King Institute of Preventive Medicine Micro-Biological Section reports 1909-11
Year: 1909
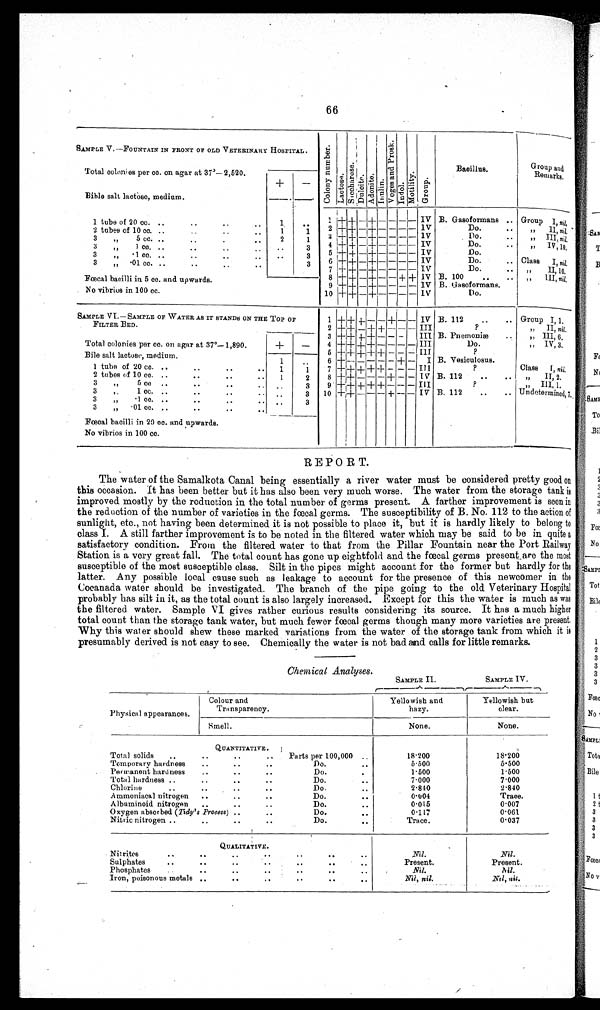
66
SAMPLE V.—FOUNTAIN IN FRONT OF OLD VETERINARY HOSPITAL.
C o l o n y n u m b e r .
L a c t o s e .
S a c c h a r o s e .
D u l c i t e .
A d o n i t e .
I n u l i n .
V o g e s a n d P r o s k .
I n d o l .
M o t i l i t y .
G r o u p .
Bacillus.
Group and
Remarks.
Total colonies per cc. on agar at 37º—2,520.
+
-
Bible salt lactose, medium.
1 tube of 20 cc. . .
. .
. .
. . 1
. . 1 + + - + - - - - IV B. Gasoformans
Group
I ,
n i l .
2 + + - + + - - - - IV
Do.
. . " II,n i l .
2 tubes of 10 cc. ..
. .
. .
. . 1
1
3 + + - + - - - - I V
Do.
..
" III, nil,
2
3
"
5 c c .
..
. .
..
. .
1
4 + + - + - - - - IV
Do.
. .
”
I V , 1 0 .
3
..
3
" 1cc. . .
. .
. .
. .
5 + + - + - - - - IV
Do.
3
" -1 cc. ..
. .
. .
. .
3
' •
6 + + - + - - - - IV
Do.
. .
Class
I ,
n i l .
3
"
- 0 1 c c .
. .
. .
..
. .
3 7 + + - + - - - - IV
Do.
.. " I I , 1 0 .
8 + + -+ - - + + IV B. 100 .. .. • ,, 1II, nil,
F œ c a l b a c i l l i i n 5 c c . a n d u p w a r d s .
9 + + - + - - - - IV B. Gasoformans.
No vibrios in 100 cc.
10 +++ - + - - - - IV
Do.
SAMPLE VI.—SAMPLE OF WATER AS IT STANDS ON THE TOP OF
FILTER BED.
1 + + + - - + - - IV B. 112 .. .. Group I, 1.
2 + + - + + - - - III
?
" II, nil.
3 + + + + - - -- III. B. Pnemoniæ
„ I I I , 6 .
Total colonies per cc. on agar at 37°—1,890.
+
- 4 + + + + - - - - III
Do.
" IV, 3.
Bile salt lactose, medium.
5 + + + + + - - - III
?
1
. . 6 + - - - - - + - I B. Vesiculosus.
1 tube of 20 cc. ..
..
..
. . 1
1 7 + + + + + - - - III
?
Class I, nil.
2 tubes of 10 cc. ..
. .
. .
. . 1
2 8 + + - - - + - - IV B. 112 .. .. " II, 2.
3
" 5
cc . .
. .
. .
. . . .
3 9 + + + + + - -- - III
?
" III, 1.
3
" 1 co. ..
..
..
. . ..
3 10 ++ + - - - + -- - IV B. 112 .. .. Undetermined, 7.
3
"
- 1
c c .
. .
. .
. .
. . . .
3
3
"
- 0 1 c c .
. .
. .
. .
. .
Fœcal bacilli in 20 cc. and upwards.
No vibrios in 100 cc.
REPORT.
The water of the Samalkota Canal being essentially a river water must be considered pretty good on
this occasion. It has been better but it has also been very much worse. The water from the storage tank is
improved mostly by the reduction in the total number of germs present. A farther improvement is seen in
the reduction of the number of varieties in the fœcal germs. The susceptibility of B. No. 112 to the action of
sunlight, etc., not having been determined it is not possible to place it, but it is hardly likely to belong to
class I. A still farther improvement is to be noted in the filtered water which may be said to be in quite a
satisfactory condition. From the filtered water to that from the Pillar Fountain near the Port Railway
Station is a very great fall. The total count has gone up eightfold and the fœcal germs present are the most
susceptible of the most susceptible class. Silt in the pipes might account for the former but hardly for the
latter. Any possible local cause such as leakage to account for the presence of this newcomer in the
Cocanada water should be investigated. The branch of the pipe going to the old Veterinary Hospital
probably has silt in it, as the total count is also largely increased. Except for this the water is much as was
the filtered water. Sample VI gives rather curious results considering its source. It has a much higher
total count than the storage tank water, but much fewer fœcal germs though many more varieties are present.
W h y t h i s w a t e r s h o u l d s h e w t h e s e m a r k e d v a r i a t i o n s f r o m t h e w a t e r o f t h e s t o r a g e t a n k f r o m w h i c h i t i s
presumably derived is not easy to see. Chemically the water is not bad and calls for little remarks.
Chemical Analyses.
SAMPLE II.
SAMPLE IV.
Physical appearances.
Colour and
Transparency.
_
Yellowish and
hazy.
Yellowish but
clear.
Smell.
None.
None.
QUANTITATIVE.
Total solids .. .. .. ..
Parts per 100,000 ..
18.200
18.200
Temporary hardness .. .. ..
Do.
..
5.500
5.500
Permanent hardness ..
..
..
Do.
. .
1.500
1.500
Total hardness ..
..
..
..
Do.
..
7.000
7.000
Chlorine
..
..
..
..
Do.
..
2.840
2.840
Ammoniacal nitrogen ..
..
..
Do.
..
0.004
Trace.
Albuminoid nitrogen ..
..
..
Do.
..
0.015
0.007
Oxygen absorbed (Tidy's Process) .. ..
Do.
..
0.117
0.061
Nitric nitrogen
..
..
.
.
..
Do.
. .
Trace.
0.037
QUALITATIVE.
Nitrites
..
..
..
..
..
..
..
Nil.
Nil.
Sulphates
..
..
..
..
..
..
..
Present.
Present.
Phosphates ..
..
..
..
.. .. ..
Nil.
Nil.
Iron, poisonous metals .. .. .. .. .. ..
Nil, nil.
N i l , n i l .